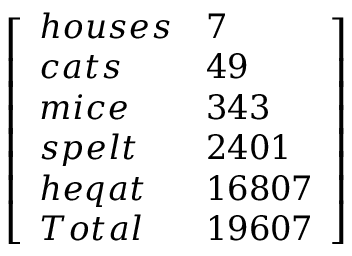
\left[ \begin{array} { l l } { h o u s e s } & { 7 } \\ { c a t s } & { 4 9 } \\ { m i c e } & { 3 4 3 } \\ { s p e l t } & { 2 4 0 1 } \\ { h e q a t } & { 1 6 8 0 7 } \\ { T o t a l } & { 1 9 6 0 7 } \end{array} \right]